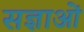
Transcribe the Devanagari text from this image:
सज्ञाओं